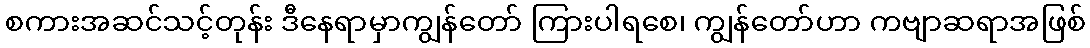
စကားအဆင်သင့်တုန်း ဒီနေရာမှာကျွန်တော် ကြားပါရစေ၊ ကျွန်တော်ဟာ ကဗျာဆရာအဖြစ်